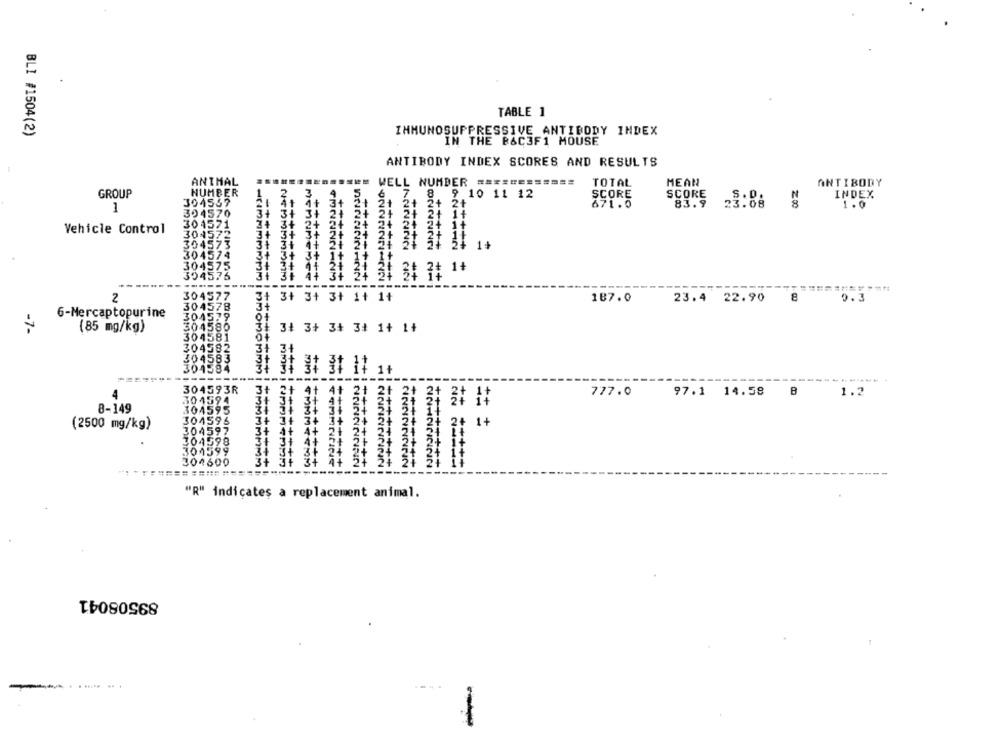
TABLE 1
BLI #1504(2)
IMMUNOSUPPRESSIVE ANTIBODY INDEX
IN THE P&C3F1 MOUSE
ANTIBODY INDEX SCORES AND RESULTS
ANIMAL
INNNNJU
WELL NUMBER ===========
TOTAL
MEAN
ANTIBODY
GROUP
NUMBER
9.10 11 12
SCORE
SCORE
INDEX
1
304567
ON
671.0
83.9
23.08
200
1.0
394570
34
Vehicle Control
304571
304572
304573
2+ 2+
2+
5+ 1+
304574
304575
1 31 31 3: 1+
304576
++++++++1
NN
----
==
304577
3+
NEMMMMMMM IM
8
2
3+ 3+ 3+ 1+ 1+
187.0
23.4 22.90
304578
6-Mercaptopurine
304579
-7-
304580
(85 mg/kg)
3+ 3+ 3+ 34 1+ 11
304581
304582
304583
31
304584
MM
++
++
1
-----
----
... .......
304593R
3+
777.0
97.1 14.58
B
1.3
4
304594
++
304595
8-149
304596
3+
2+ 1+
(2500 mg/kg)
304597
34
++++++
: 31
304598
304599
304600
++++++++
4 24 24
2222NNNN
++++++++
+++++
----
---------
"R" indicates a replacement animal.
89508041
. ..... .. .
-